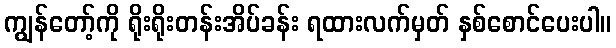
ကျွန်တော့်ကို ရိုးရိုးတန်းအိပ်ခန်း ရထားလက်မှတ် နှစ်စောင်ပေးပါ။